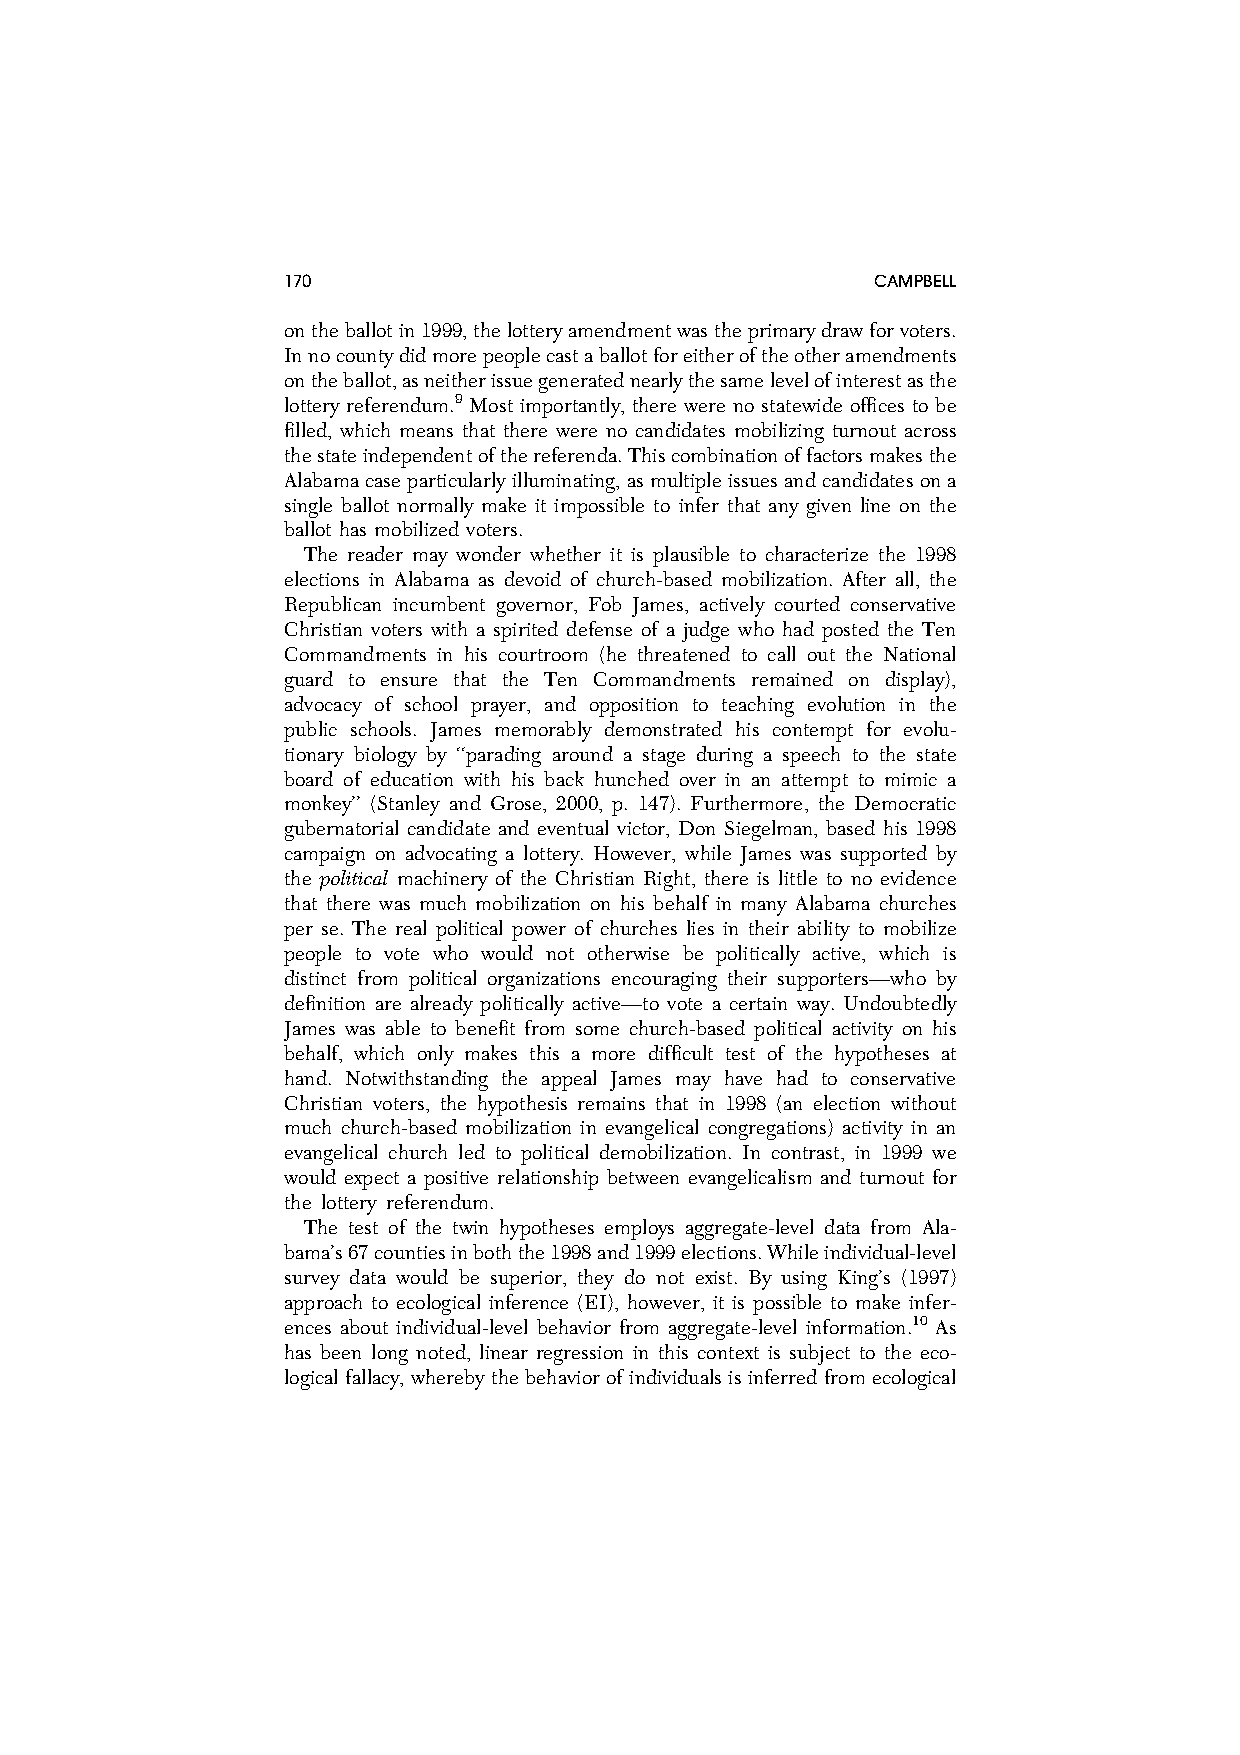
170                                    CAMPBELL
 ontheballotin1999,thelotteryamendmentwastheprimarydrawforvoters.
 Innocountydidmorepeoplecastaballotforeitheroftheotheramendments
 ontheballot,asneitherissuegeneratednearlythesamelevelofinterestasthe
 lottery referendum.9 Most importantly, there were no statewide offices to be
 filled, which means that there were no candidates mobilizing turnout across
 thestateindependentofthereferenda.Thiscombinationoffactorsmakesthe
 Alabamacaseparticularlyilluminating,asmultipleissuesandcandidatesona
 single ballot normally make it impossible to infer that any given line on the
 ballot has mobilized voters.
 The reader may wonder whether it is plausible to characterize the 1998
 elections in Alabama as devoid of church-based mobilization. After all, the
 Republican incumbent governor, Fob James, actively courted conservative
 Christian voters with a spirited defense of a judge who had posted the Ten
 Commandments in his courtroom (he threatened to call out the National
 guard to ensure that the Ten Commandments remained on display),
 advocacy of school prayer, and opposition to teaching evolution in the
 public schools. James memorably demonstrated his contempt for evolu-
 tionary biology by ‘‘parading around a stage during a speech to the state
 board of education with his back hunched over in an attempt to mimic a
 monkey’’ (Stanley and Grose, 2000, p. 147). Furthermore, the Democratic
 gubernatorial candidate and eventual victor, Don Siegelman, based his 1998
 campaign on advocating a lottery. However, while James was supported by
 the political machinery of the Christian Right, there is little to no evidence
 that there was much mobilization on his behalf in many Alabama churches
 per se. The real political power of churches lies in their ability to mobilize
 people to vote who would not otherwise be politically active, which is
 distinct from political organizations encouraging their supporters—who by
 definition are already politically active—to vote a certain way. Undoubtedly
 James was able to benefit from some church-based political activity on his
 behalf, which only makes this a more difficult test of the hypotheses at
 hand. Notwithstanding the appeal James may have had to conservative
 Christian voters, the hypothesis remains that in 1998 (an election without
 much church-based mobilization in evangelical congregations) activity in an
 evangelical church led to political demobilization. In contrast, in 1999 we
 would expect a positive relationship between evangelicalism and turnout for
 the lottery referendum.
 The test of the twin hypotheses employs aggregate-level data from Ala-
 bama’s67countiesinboththe1998and1999elections.Whileindividual-level
 survey data would be superior, they do not exist. By using King’s (1997)
 approach to ecological inference (EI), however, it is possible to make infer-
 ences about individual-level behavior from aggregate-level information.10 As
 has been long noted, linear regression in this context is subject to the eco-
 logical fallacy, whereby the behaviorofindividualsisinferredfromecological